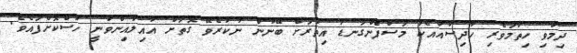
ދިމާވި ހިތާމަވެރި ހާދިސާއާއެކު މަސްފެންގަނޑު އިތުރަށް ބޭނުން ނުކުރެވޭ ގޮތަށް އާއިލާއިންވަނީ ހުސްކޮށްފައެވެ.